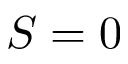
S = 0